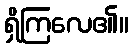
ရှိကြလေ၏။